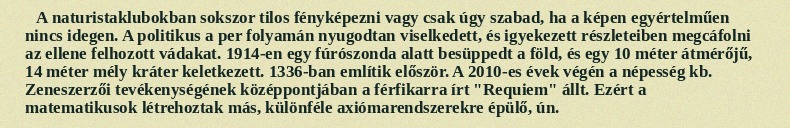
A naturistaklubokban sokszor tilos fényképezni vagy csak úgy szabad, ha a képen egyértelműen nincs idegen. A politikus a per folyamán nyugodtan viselkedett, és igyekezett részleteiben megcáfolni az ellene felhozott vádakat. 1914-en egy fúrószonda alatt besüppedt a föld, és egy 10 méter átmérőjű, 14 méter mély kráter keletkezett. 1336-ban említik először. A 2010-es évek végén a népesség kb. Zeneszerzői tevékenységének középpontjában a férfikarra írt "Requiem" állt. Ezért a matematikusok létrehoztak más, különféle axiómarendszerekre épülő, ún.